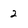
Character: 2